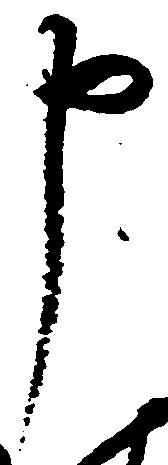
申